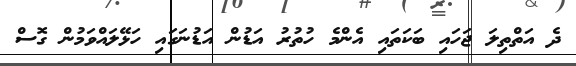
ދެ އަތްތިލަ ޖަހައި ބަކަތައި އެންމެ ހުތުރު އަޑުން އަޑުނަގައި ހަޅޭލައްވަމުން ގޮސް